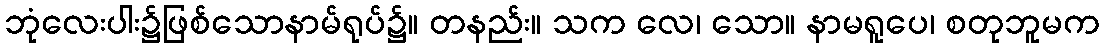
ဘုံလေးပါး၌ဖြစ်သောနာမ်ရုပ်၌။ တနည်း။ သက လေ၊ သော။ နာမရူပေ၊ စတုဘူမက